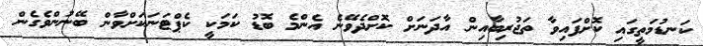
ކަނޑުމަތީގައި ކޮށްފައިވާ ތަޖުރިބާއިން އާދަނަށް ކޮށްދެވޭނެ އެންމެ ބޮޑު ކަމަކީ ކެޕްޓަނަކަށްވާން ބޭނުންވެގެން